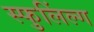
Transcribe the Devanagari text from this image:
स्फुलिंल्ग